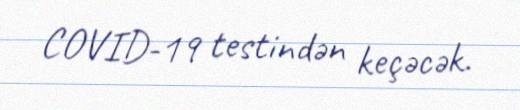
COVID-19 testindən keçəcək.